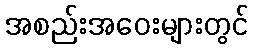
အစည်းအဝေးများတွင်